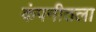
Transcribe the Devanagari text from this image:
कंपनीतला